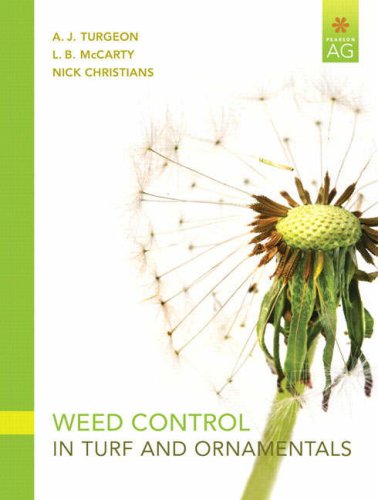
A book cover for Weed Control in Turf Grass and Ornamentals; A. J. Turgeon; Crafts, Hobbies & Home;